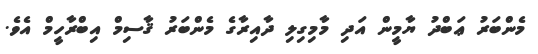
މެންބަރު ޢަބްދު ޔާމީން އަދި މާމިގިލި ދާއިރާގެ މެންބަރު ޤާސިމް އިބްރާހީމް އެވެ.